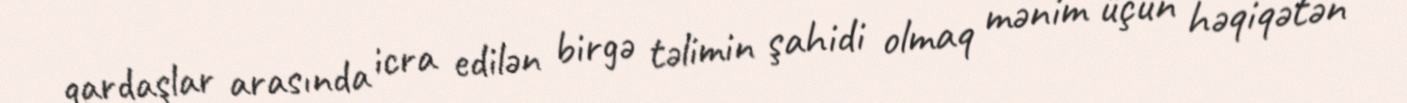
qardaşlar arasında icra edilən birgə təlimin şahidi olmaq mənim üçün həqiqətən